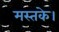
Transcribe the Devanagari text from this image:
मस्तके।